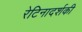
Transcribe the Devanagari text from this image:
रेटिनादर्शकी